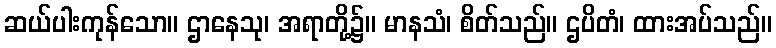
ဆယ်ပါးကုန်သော။ ဌာနေသု၊ အရာတို့၌။ မာနသံ၊ စိတ်သည်။ ဌပိတံ၊ ထားအပ်သည်။